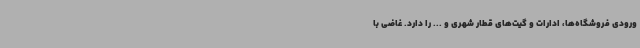
ورودی فروشگاه‌ها، ادارات و گیت‌های قطار شهری و ... را دارد. غاضی با